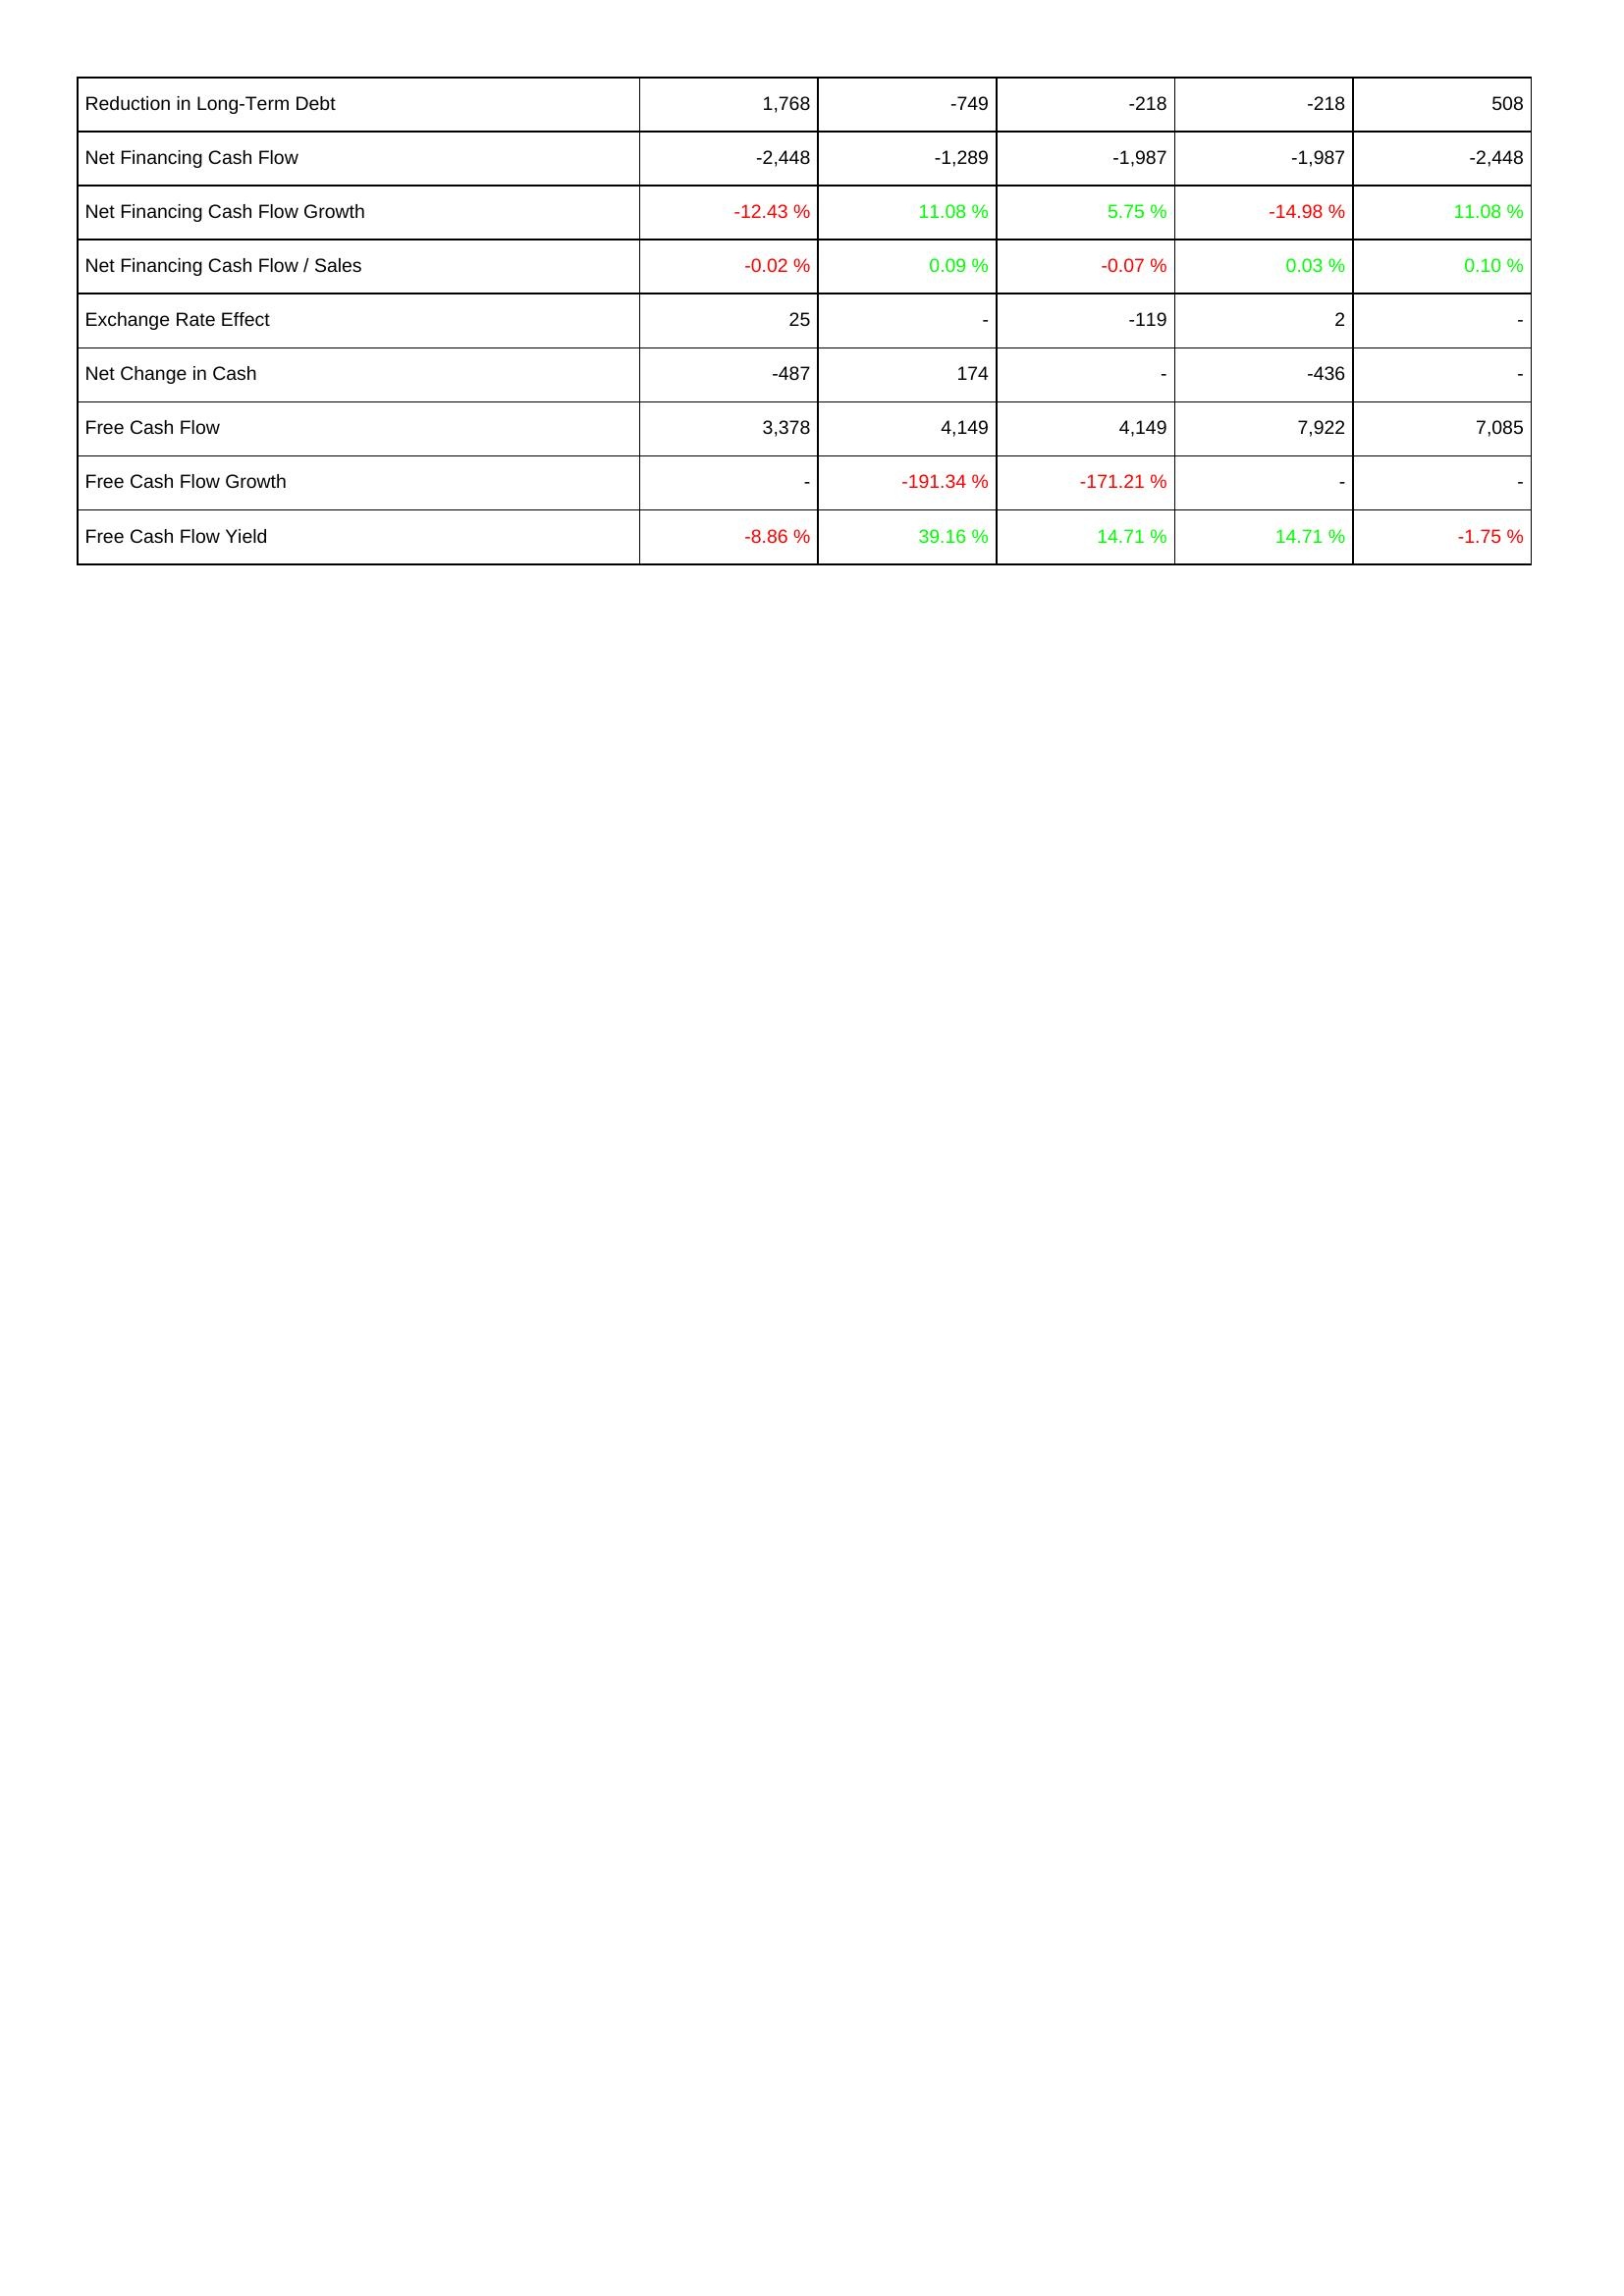
2011: Financing Activities: Reduction in Long-Term Debt: 1,768
Net Financing Cash Flow: -2,448
Net Financing Cash Flow Growth: -12.43 %
Net Financing Cash Flow / Sales: -0.02 %
Exchange Rate Effect: 25
Net Change in Cash: -487
Free Cash Flow: 3,378
Free Cash Flow Growth: -
Free Cash Flow Yield: -8.86 %
2010: Financing Activities: Reduction in Long-Term Debt: -749
Net Financing Cash Flow: -1,289
Net Financing Cash Flow Growth: 11.08 %
Net Financing Cash Flow / Sales: 0.09 %
Exchange Rate Effect: -
Net Change in Cash: 174
Free Cash Flow: 4,149
Free Cash Flow Growth: -191.34 %
Free Cash Flow Yield: 39.16 %
2009: Financing Activities: Reduction in Long-Term Debt: -218
Net Financing Cash Flow: -1,987
Net Financing Cash Flow Growth: 5.75 %
Net Financing Cash Flow / Sales: -0.07 %
Exchange Rate Effect: -119
Net Change in Cash: -
Free Cash Flow: 4,149
Free Cash Flow Growth: -171.21 %
Free Cash Flow Yield: 14.71 %
2008: Financing Activities: Reduction in Long-Term Debt: -218
Net Financing Cash Flow: -1,987
Net Financing Cash Flow Growth: -14.98 %
Net Financing Cash Flow / Sales: 0.03 %
Exchange Rate Effect: 2
Net Change in Cash: -436
Free Cash Flow: 7,922
Free Cash Flow Growth: -
Free Cash Flow Yield: 14.71 %
2007: Financing Activities: Reduction in Long-Term Debt: 508
Net Financing Cash Flow: -2,448
Net Financing Cash Flow Growth: 11.08 %
Net Financing Cash Flow / Sales: 0.10 %
Exchange Rate Effect: -
Net Change in Cash: -
Free Cash Flow: 7,085
Free Cash Flow Growth: -
Free Cash Flow Yield: -1.75 %